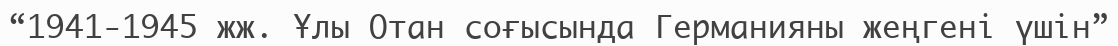
“1941-1945 жж. Ұлы Отан соғысында Германияны жеңгені үшін”